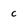
Character: c